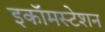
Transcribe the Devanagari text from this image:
इकॉमस्टेशन